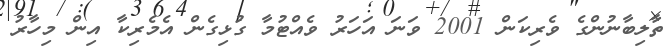
ތާލިބާނުންގެ ވެރިކަން 2001 ވަނަ އަހަރު ވެއްޓުމާ ގުޅިގެން އެމެރިކާ އިން މިހާރު